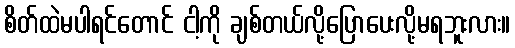
စိတ်ထဲမပါရင်တောင် ငါ့ကို ချစ်တယ်လို့ပြောပေးလို့မရဘူးလား။